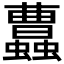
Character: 𧕐